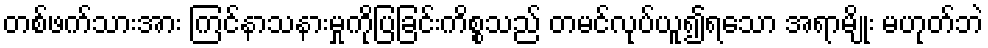
တစ်ဖက်သားအား ကြင်နာသနားမှုကိုပြခြင်းကိစ္စသည် တမင်လုပ်ယူ၍ရသော အရာမျိုး မဟုတ်ဘဲ